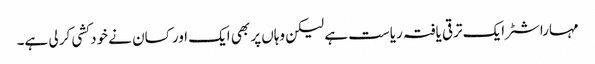
مہاراشٹر ایک ترقی یافتہ ریاست ہے لیکن وہاں پر بھی ایک اور کسان نے خود کشی کر لی ہے۔